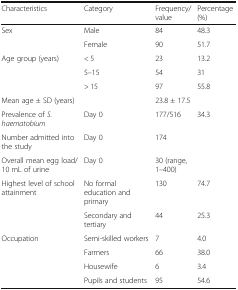
| Characteristics | Category | Frequency/value | Percentage (%) |
 | --- | --- | --- | --- |
 | <ROWSPAN=2> Sex | Male | 84 | 48.3 |
 | Female | 90 | 51.7 |
 | <ROWSPAN=3> Age group (years) | < 5 | 23 | 13.2 |
 | 5–15 | 54 | 31 |
 | > 15 | 97 | 55.8 |
 | Mean age ± SD (years) |  | 23.8 ± 17.5 |  |
 | Prevalence of S. haematobium | Day 0 | 177/516 | 34.3 |
 | Number admitted into the study | Day 0 | 174 |  |
 | Overall mean egg load/ 10 mL of urine | Day 0 | 30 (range, 1–400) |  |
 | <ROWSPAN=2> Highest level of school attainment | No formal education and primary | 130 | 74.7 |
 | Secondary and tertiary | 44 | 25.3 |
 | <ROWSPAN=4> Occupation | Semi-skilled workers | 7 | 4.0 |
 | Farmers | 66 | 38.0 |
 | Housewife | 6 | 3.4 |
 | Pupils and students | 95 | 54.6 |